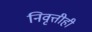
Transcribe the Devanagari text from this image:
निवृत्तीही